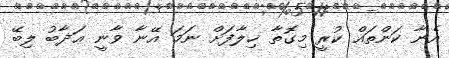
އެނާ ކަންތައް ކުރީ މިގޮތާ ޚިލާފަށް ނަމަ އޭނާ ވާނީ ޢަޛާބު ލިބޭ